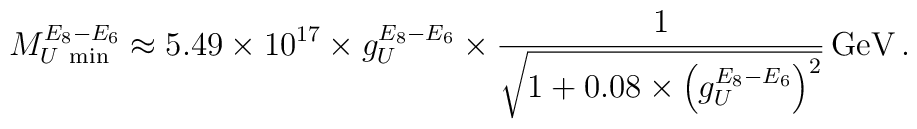
M_{U\ \scriptstyle\rm min}^{E_8 - E_6}\approx 5.49\times 10^{17}\times g^{E_8 - E_6}_U\times\frac{1}{\sqrt{1 + 0.08 \times \left(g^{E_8 - E_6}_U\right)^2}}\, {\rm GeV}\, .